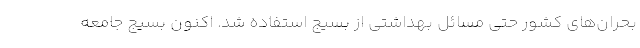
بحران‌های کشور حتی مسائل بهداشتی از بسیج استفاده شد. اکنون بسیج جامعه